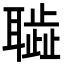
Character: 𦗮